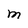
Character: M